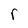
Character: r